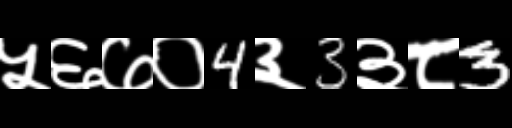
Text: ५६७०4३3३८3